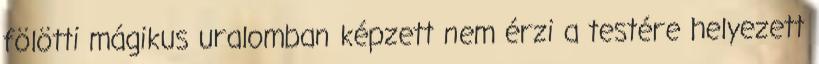
fölötti mágikus uralomban képzett nem érzi a testére helyezett